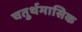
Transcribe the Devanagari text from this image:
चतुर्थमासिक